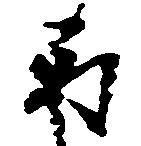
取